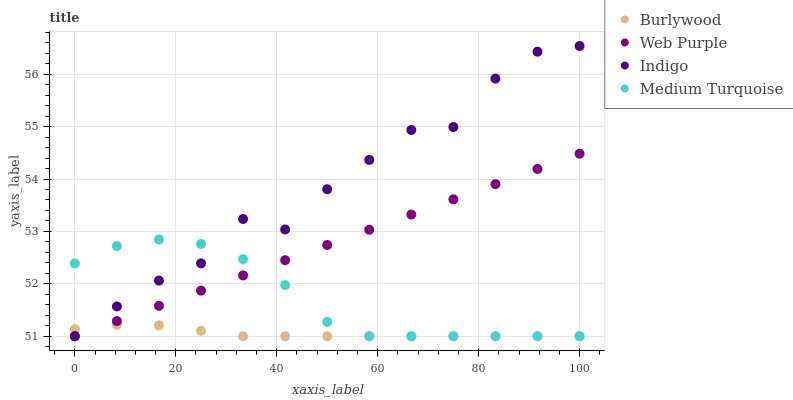
| xaxis_label | Burlywood | Web Purple | Indigo | Medium Turquoise |
 | --- | --- | --- | --- | --- |
 | 0 | 51.1 | 51 | 51 | 52.4 |
 | 8.33 | 51.2 | 51.3 | 51.6 | 52.7 |
 | 16.7 | 51.2 | 51.6 | 52.1 | 52.8 |
 | 25 | 51.1 | 51.9 | 52.4 | 52.8 |
 | 33.3 | 51 | 52.2 | 53.2 | 52.5 |
 | 41.7 | 51 | 52.5 | 53 | 52 |
 | 50 | 51 | 52.7 | 53.8 | 51.3 |
 | 58.3 | 51 | 53 | 54.4 | 51 |
 | 66.7 | 51 | 53.3 | 54.9 | 51 |
 | 75 | 51 | 53.6 | 55 | 51 |
 | 83.3 | 51 | 53.9 | 55.9 | 51 |
 | 91.7 | 51 | 54.2 | 56.4 | 51 |
 | 100 | 51 | 54.5 | 56.5 | 51 |